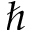
\hslash